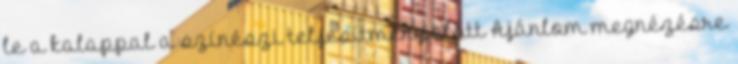
le a kalappal a színészi teljesítmény előtt Ajánlom megnézésre